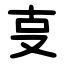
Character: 㕝